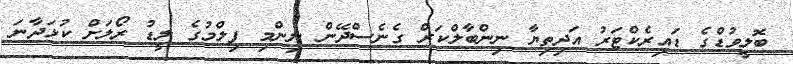
ބޮލީވުޑްގެ ޑައިރެކްޓަރު އަދިތިޔާ ނިންބާލްކަރް ގެނެސްދޭން ނިންމި ފިލްމުގެ ލީޑު ރޯލަށް ކުޅަދާނަ